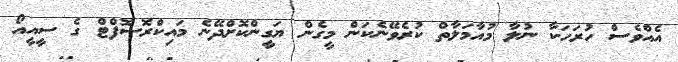
އެއްވެސް ހުރަހަކާ ނުލާ މުއާމަލާތް ކުރެވޭނެކަން މީގެން ޔަގީންކޮށްދޭނެ މައިކްރޮސޮފްޓް ގެ ސީއީއޯ